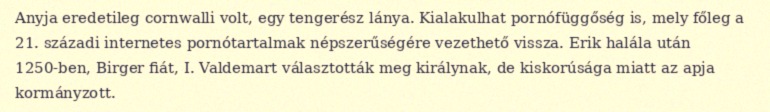
Anyja eredetileg cornwalli volt, egy tengerész lánya. Kialakulhat pornófüggőség is, mely főleg a 21. századi internetes pornótartalmak népszerűségére vezethető vissza. Erik halála után 1250-ben, Birger fiát, I. Valdemart választották meg királynak, de kiskorúsága miatt az apja kormányzott.